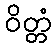
ဝိတ္တံ